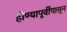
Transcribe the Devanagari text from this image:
होण्यापूर्वीपासून